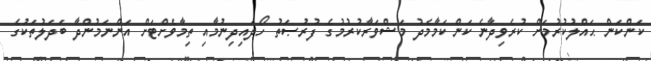
ކަންކަން ޙައްލުކުރުމަށް ކުރެވިދާނެ ކަންކަމާމެދު މަޝްވަރާކުރުމުގެ ފުރުޞަތު ހޯދައިދިނުމާއި ތިމާވެށްޓަށް އަންނަމުންދާ ބަދަލުތަކުގެ